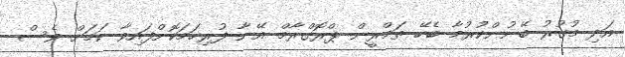
އަދި މުގުރު ބޭނުންކުރުމާ ބެހޭ ތަމްރީން ޕްރޮގްރާމް އޭނާ ފުރިހަމަކޮށްފައިވާ ކަމަށް ވެސް